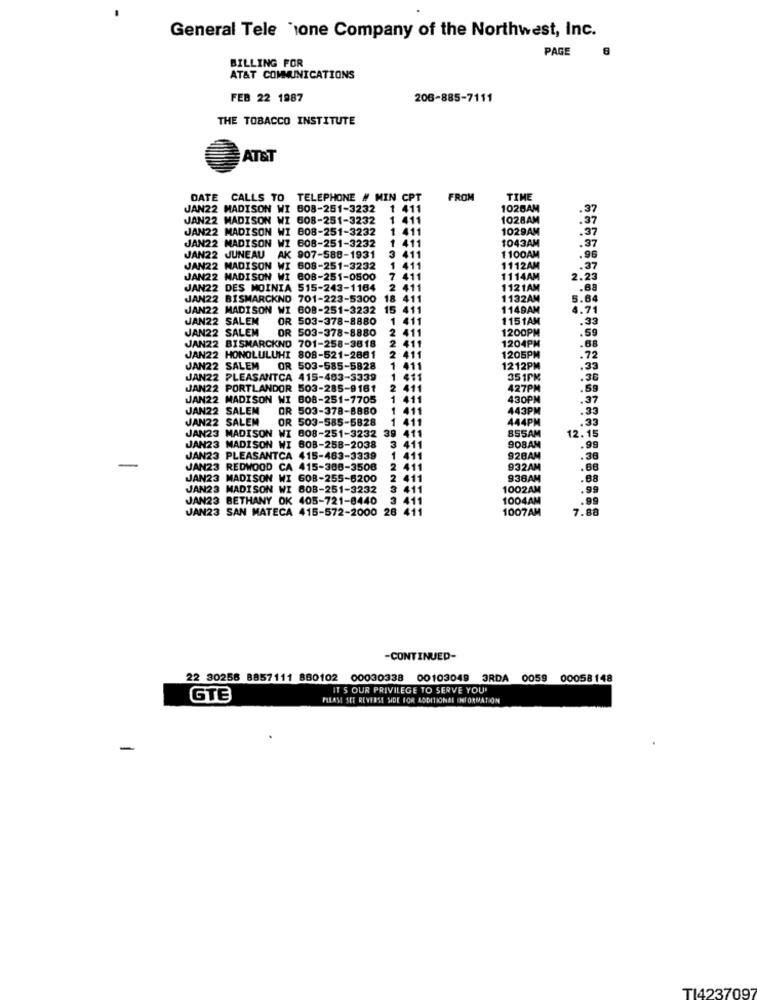
General Tele 'ione Company of the Northwest, Inc.
PAGE
BILLING FOR
AT&T COMMUNICATIONS
FEB 22 1987
206-885-7111
THE TOBACCO INSTITUTE
AT&T
DATE CALLS TO TELEPHONE # MIN CPT
FROM
TIME
JAN22 MADISON WI 608-251-3232
1 411
1026AM
.37
JAN22 MADISON WI 608-251-3232
411
1028AM
.37
JAN22 MADISON W
808-251-3232
1 411
1029AM
.37
411
1043AM
JAN22 MADISON WI 608-251-3232
.37
JAN22 JUNEAU AK 907-588-1931
3 411
1100AM
.96
JAN22 MADISON WI 608-251-3232
1112AM
.37
JAN22 MADISON WI 808-251-0500
1114AM
2.23
JAN22 DES MOINIA 515-243-1164
411
1121AM
.88
JAN22 BISMARCKNO 701-223-5300
1132AM
5.84
JAN22 MADISON WI
608-251-3232
15
1149AM
4.71
JAN22 SALEM
OR 503-378-8880
1151AM
.33
JAN22 SALEM
OR 503-378-8880
1200PM
.59
1204PM
.68
JAN22 BISMARCKNO 701-258-3818
JAN22 HONOLULUHI 808-521-2861
1205PM
.72
JAN22 SALEM OR 503-585-5828
1212PM
.33
JAN22 PLEASANTCA 415-483-3339
351PM
.36
JAN22 PORTLANDOR 503-285-9161
427PM
.59
JAN22 MADISON WI 808-251-7705
430PM
.37
JAN22 SALEM
OR 503-378-8880
443PM
.33
JAN22 SALEM
OR 503-585-5828
444PM
.33
855AM
JAN23 MADISON WI 808-251-3232
39
12.15
JAN23 MADISON WI 608-258-2038
908AM
.99
JAN23 PLEASANTCA 415-463-3339
928AM
.36
-
JAN23 REDWOOD CA 415-388-3508
932AM
.88
JAN23 MADISON WI 608-255-6200
936AM
.88
JAN23 MADISON WI 608-251-3232
411
1002AM
.99
JAN23 BETHANY OK 405-721-8440
1004AM
.99
JAN23 SAN MATECA 415-572-2000 28 411
1007AM
7.88
-CONTINUED-
22 30258 8857111 880102
00030338
00103049 3RDA 0059 00058148
IT'S OUR PRIVILEGE TO SERVE YOU'
GTE
PISASE SEE REVERSE SIDE FOR ADDITIONAL INFORMATION
-
T14237097